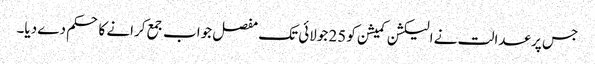
جس پر عدالت نے الیکشن کمیشن کو 25 جولائی تک مفصل جواب جمع کرانے کا حکم دے دیا۔